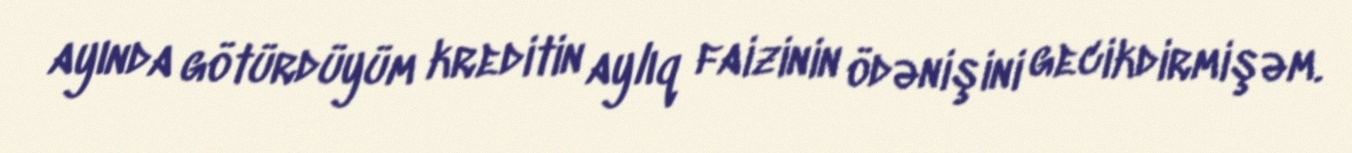
ayında götürdüyüm kreditin aylıq faizinin ödənişini gecikdirmişəm.